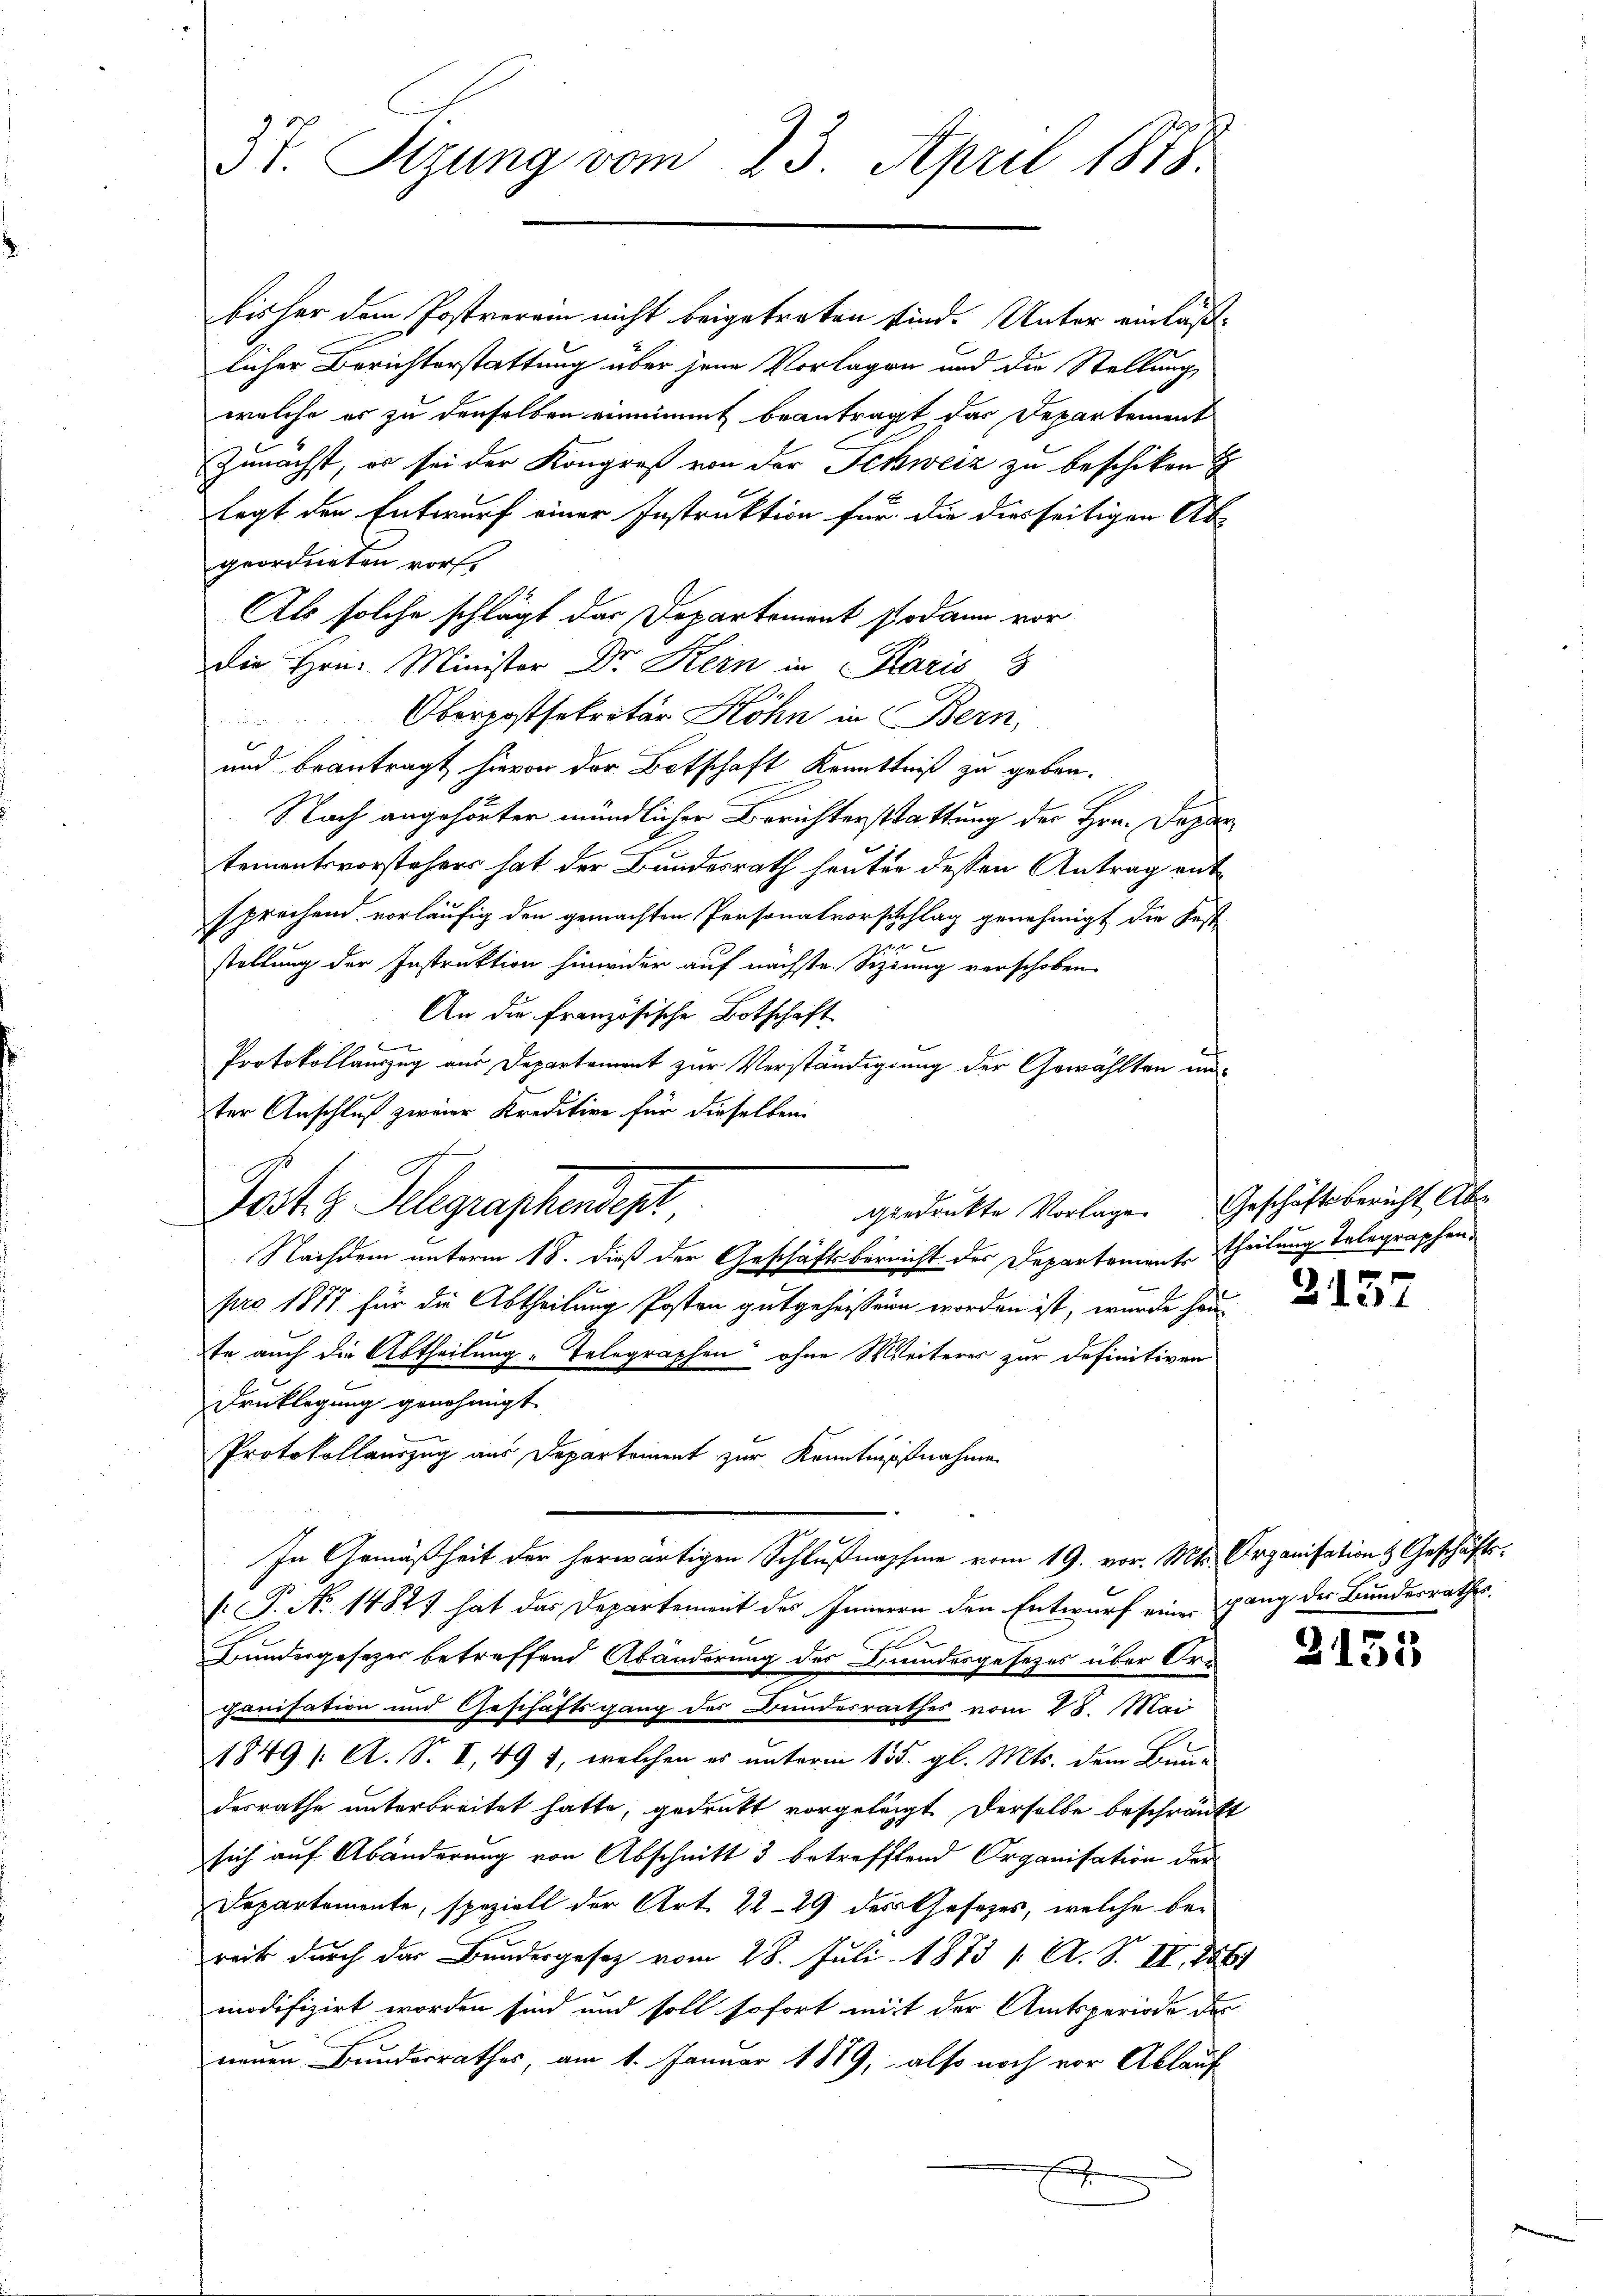
37. Sitzung vom 23. April 1858.

bisher dem Postverein nicht beigetreten sind. Unter einläß-
licher Berichterstattung über jene Vorlagen und die Stellung
welche er zu denselben einnimmt beantragt, das Departement
Zunächst, es sei der Kongreß von der Schweiz zu beschiken
legt den Entwurf einer Instruktion für die diesseitigen Ab-
geordneten vorst
Als solche schlägt das Departement sodann vor
die Hrn. Minister Dr. Kern in Paris 8
Oberpostsekretär Höhn in Bern,
und beantragt hievon der Botschaft Kenntniß zu geben.
Nach angehörter mündlicher Berichterstattung der Hrn. Depar
tementsvorstehers hat der Bundesrath heuter dessen Antrag entsprechend vorläufig den gemachten Personalvorschlag genehmigt die Fest-
n
stellung der Instruktion hinwider auf nächste. Sizung verschoben
An die französische Botschaft
1f xx
Protokollauszug aus Departement zur Verständigung der Gewählten unter Anschluß zweier Kreditive für dieselben
Nachdem unterm 18. dieß der Geschäftsberricht des Departements Theilung Telegraphenpro 1877 für die Abtheilung Posten gutgeheissenen worden ist, wurde haute auch die Abtheilung „Telegraphen ohne Weiteres zur Definitiven
Drucklegung genehmigt.
Protokollauszug aus Departement zur Kenntnißnahme
In Gemäßheit der herwärtigen Schlußnahme vom 19. vor. Mts. Organisation & Geschäfts¬
[: P. No 1482) hat das Departement des Inneren den Entwurf eine gang der Bundesrathes
s
Bundergesetzer betreffend Abänderung des Bundesgesezes über Or-
ganisation und Geschäftsgang des Bundesrathes vom 28. Mai
1849 /: A. S. I, 491, welchen es unterm 155. gl. Mts. dem Bun-
desrathe unterbreitet hatte, gedrukt vorgeleigt derselbe beschränkt
sich auf Abänderung von Abschnitt 3 betreffend Organisation der
Departemente, speziell der Art. 2229 des Gesezes, welche bereits durch der Bundesgesetz vom 28. Juli 1873 /: A. S. II, 1881
modifizirt worden sind und soll sofort mit der Amtsperiode des
neuen Bunderrathes, am 1. Januar 1819, also noch vor Ablauf
x

geedenkte Vorlage. Geschäftsbericht Abs
Post z. Telegraphendep

3157

2155